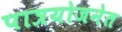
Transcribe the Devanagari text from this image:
पात्रयोजनेत